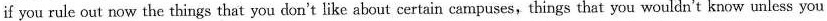
if you rule out now the things that you don't like about certain campuses,things that you wouldn't know unless you